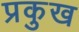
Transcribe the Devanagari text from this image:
प्रकुख